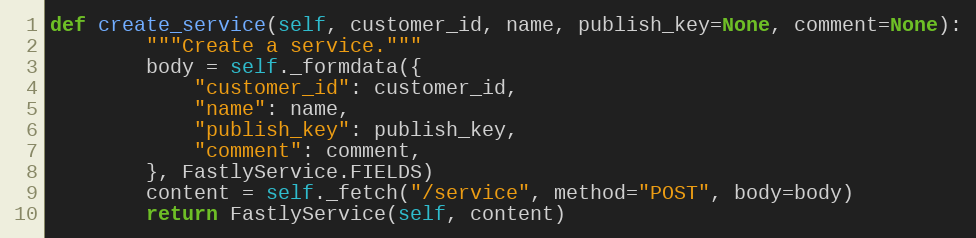
Language: Python
def create_service(self, customer_id, name, publish_key=None, comment=None):
		"""Create a service."""
		body = self._formdata({
			"customer_id": customer_id,
			"name": name,
			"publish_key": publish_key,
			"comment": comment,
		}, FastlyService.FIELDS)
		content = self._fetch("/service", method="POST", body=body)
		return FastlyService(self, content)